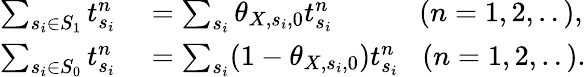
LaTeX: \begin{array}{rl}{\sum_{s_{i}\in S_{1}}t_{s_{i}}^{n}}&{{}=\sum_{s_{i}}\theta_{X,s_{i},0}t_{s_{i}}^{n}\; \; \; \; \; \; \; \; \; \; \; (n=1,2,..),}\\ {\sum_{s_{i}\in S_{0}}t_{s_{i}}^{n}}&{{}=\sum_{s_{i}}(1-\theta_{X,s_{i},0})t_{s_{i}}^{n}\; \; \; (n=1,2,..).}\end{array}